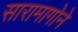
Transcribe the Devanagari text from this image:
सारामागोने